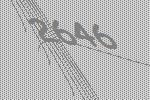
2646